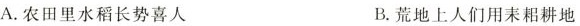
A.农田里水稻长势喜人 B.荒地上人们用耒耜耕地